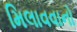
મિલાવવાનો